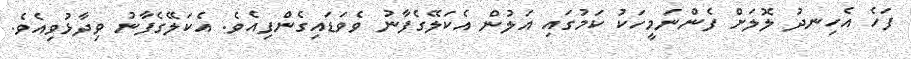
ފަހެ އެހިނދު ލޮލަށް ފެންނަމީހަކު ކަމުގައި އަލުން އެކަލޭގެފާނު ވެވަޑައިގެންފިއެވެ. އެކަލޭގެފާނު ވިދާޅުވިއެވެ.